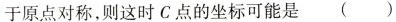
于原点对称，则这时C点的坐标可能是()